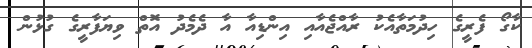
ކާގޯ ފެރީގެ ހިދުމަތާއެކު ރާއްޖެއާއި އިންޑިއާ އާ ދެމެދު އޮތް ވިޔަފާރީގެ ގުޅުން